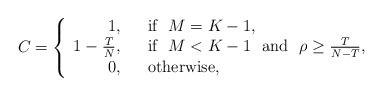
LaTeX: \begin{align*}C_{} =\left\{\begin{array}{rcl}1,& & \mbox{if} ~~M=K-1,\\1 - \frac{T}{N}, & & \mbox{if} ~~M<K-1~~\mbox{and} ~~ \rho \geq \frac{T}{N-T},\\0, & & \mbox{otherwise},\\\end{array} \right.\end{align*}